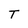
Character: T